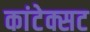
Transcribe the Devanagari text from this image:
कांटेक्सट